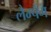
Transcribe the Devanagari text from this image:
लैम्पैंग